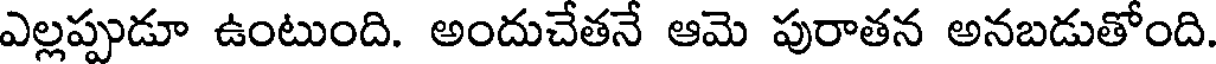
ఎల్లప్పుడూ ఉంటుంది. అందుచేతనే ఆమె పురాతన అనబడుతోంది.